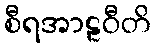
စီရအာဠဝီတိ